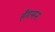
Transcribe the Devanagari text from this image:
हँगमन